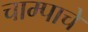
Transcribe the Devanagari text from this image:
चाम्पाचे